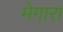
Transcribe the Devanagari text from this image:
मेगारा